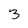
Character: 3